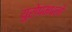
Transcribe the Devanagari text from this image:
युरोपमधली